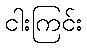
ငါးကြင်း